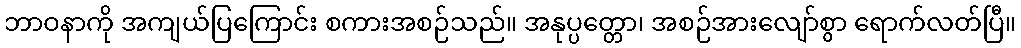
ဘာဝနာကို အကျယ်ပြကြောင်း စကားအစဉ်သည်။ အနုပ္ပတ္တော၊ အစဉ်အားလျော်စွာ ရောက်လတ်ပြီ။